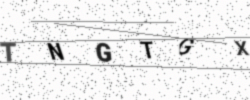
Text: TNGTGX